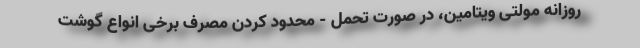
روزانه مولتی ویتامین، در صورت تحمل - محدود کردن مصرف برخی انواع گوشت